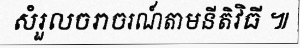
សំរួលចរាចរណ៍តាមនីតិវិធី ៕